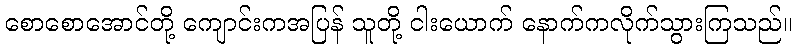
စောစောအောင်တို့ ကျောင်းကအပြန် သူတို့ ငါးယောက် နောက်ကလိုက်သွားကြသည်။